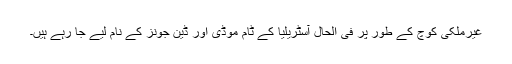
غیرملکی کوچ کے طور پر فی الحال آسٹریلیا کے ٹام موڈی اور ڈین جونز کے نام لیے جا رہے ہیں۔